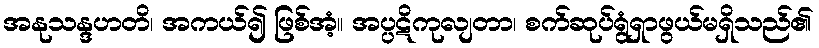
အနုသန္ဒဟတိ၊ အကယ်၍ ဖြစ်အံ့။ အပ္ပဋိကုလျတာ၊ စက်ဆုပ်ရွံရှာဖွယ်မရှိသည်၏